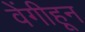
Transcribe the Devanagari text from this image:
वेंगीहून